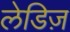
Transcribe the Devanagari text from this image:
लेडिज़